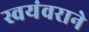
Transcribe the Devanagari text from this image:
स्वयंवराने